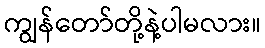
ကျွန်တော်တို့နဲ့ပါမလား။